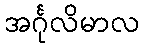
အင်္ဂုလိမာလ